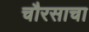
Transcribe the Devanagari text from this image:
चौरसाचा